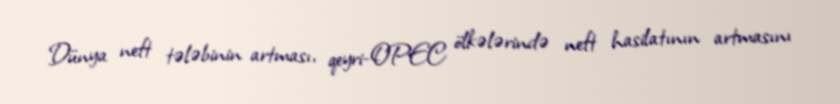
Dünya neft tələbinin artması, qeyri-OPEC ölkələrində neft hasilatının artmasını